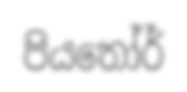
පියතෝර්